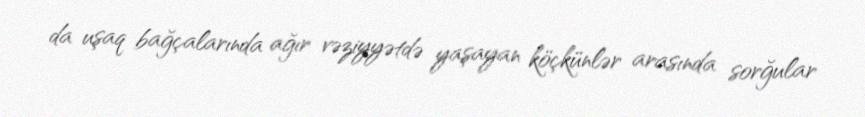
da uşaq bağçalarında ağır vəziyyətdə yaşayan köçkünlər arasında sorğular